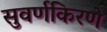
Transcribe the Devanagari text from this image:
सुवर्णकिरणे